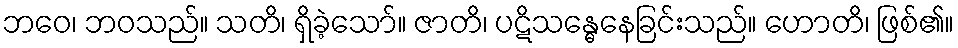
ဘဝေ၊ ဘဝသည်။ သတိ၊ ရှိခဲ့သော်။ ဇာတိ၊ ပဋိသန္ဓေနေခြင်းသည်။ ဟောတိ၊ ဖြစ်၏။